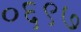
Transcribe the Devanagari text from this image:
०६९७